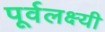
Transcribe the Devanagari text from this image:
पूर्वलक्ष्यी